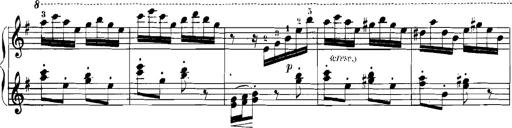
Title: Rhapsodies hongroises
Composer: Franz Liszt